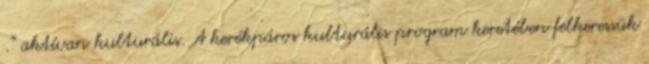
.” aktívan kulturális. A kerékpáros kulturális program keretében felkeressük